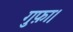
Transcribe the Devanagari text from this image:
गुफ़ा।